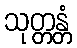
သုတ္တန္တံ